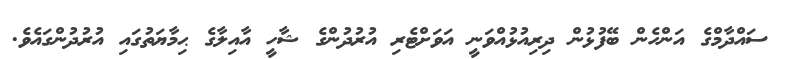
ސައްދާމްގެ އަންހެން ބޭފުޅުން ދިރިއުޅުއްވަނީ އަވަށްޓެރި އުރުދުންގެ ޝާހީ އާއިލާގެ ޙިމާޔަތުގައި އުރުދުންގައެވެ.